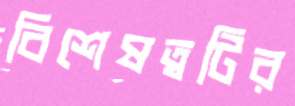
বিশেষত্বটির